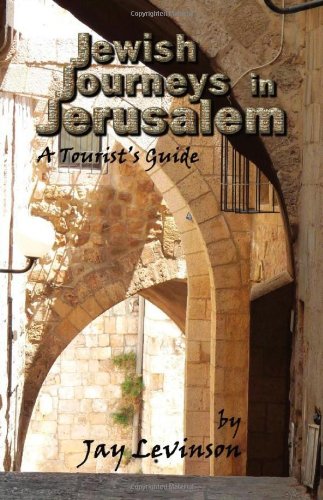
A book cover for Jewish Journeys in Jerusalem: A Tourist Guide; Jay Levinson; Travel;